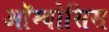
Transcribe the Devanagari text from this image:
ऑम्बोसिस